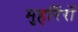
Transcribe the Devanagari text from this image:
मुहर्रिरों